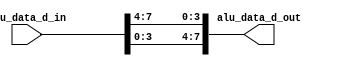
module top(
        alu_data_d_in,
    alu_data_d_out
    );

    input [7:0]alu_data_d_in;
    output[7:0]alu_data_d_out;
    wire [7:0]swap_out;
    genvar i;


    generate
        for ( i = 7 ; ( i >= 4 ) ; i-- )
        begin : swap_h
            assign swap_out[i] = alu_data_d_in[( ( i - 4 ) )];
        end
    endgenerate
     generate
         for ( i = 0 ; ( i <4 ) ; i++ )
         begin : swap_l
             assign swap_out[i] = alu_data_d_in[(i+4 )];
         end
     endgenerate

assign alu_data_d_out = swap_out;

endmodule